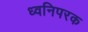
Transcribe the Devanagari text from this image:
ध्वनिपरक